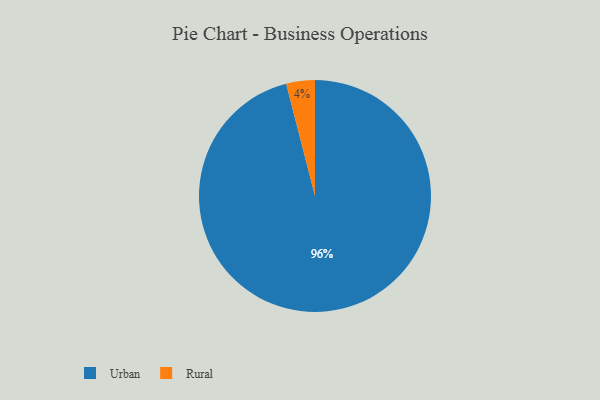
{"axis": {"x": "Category", "y": "Percentage"}, "legend": ["Rural", "Urban"], "data": [{"x": "Rural", "y": 4, "type": "Rural"}, {"x": "Urban", "y": 96, "type": "Urban"}]}